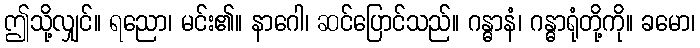
ဤသို့လျှင်။ ရညော၊ မင်း၏။ နာဂေါ၊ ဆင်ပြောင်သည်။ ဂန္ဓာနံ၊ ဂန္ဓာရုံတို့ကို။ ခမော၊